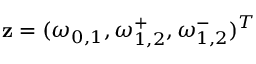
{ \mathbf z } = ( \omega _ { 0 , 1 } , \omega _ { 1 , 2 } ^ { + } , \omega _ { 1 , 2 } ^ { - } ) ^ { T }